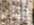
أنسه